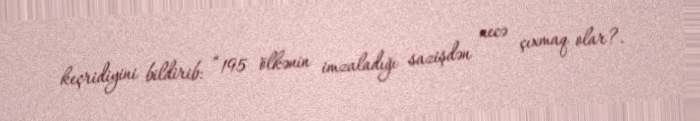
keçridiyini bildirib: “195 ölkənin imzaladığı sazişdən necə çıxmaq olar?.